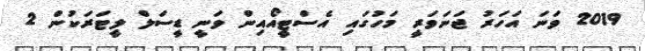
2019 ވަނަ އަހަރު ޖަނަވަރީ މަހުގައި އެސްޓީއޯއިން ވަނީ ޑީސަލް ލީޓަރަކުން 2